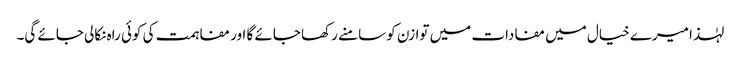
لہٰذا میرے خیال میں مفادات میں توازن کو سامنے رکھا جائے گا اور مفاہمت کی کوئی راہ نکالی جائے گی۔